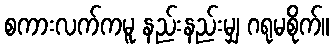
စကားလက်ကမူ နည်းနည်းမျှ ဂရုမစိုက်။